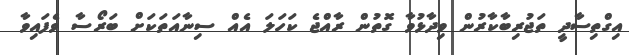
އިގްތިސާދީ ތަޖުރިބާކާރުން ވިދާޅުވާ ގޮތުން ރާއްޖެ ކަހަލަ އެއް ސިނާއަތަކަށް ބަރޯސާ ވެފައިވާ